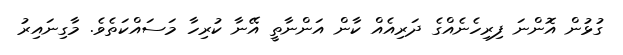
ގުޅުން އޮންނަ ފިރިހެނެއްގެ ދަރިއެއް ކާން އަންނާތީ އޭނާ ކުރިހާ މަސައްކަތެވެ. މާގިނައިރު